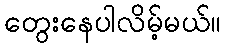
တွေးနေပါလိမ့်မယ်။